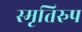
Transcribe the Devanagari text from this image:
स्मृतिरुप